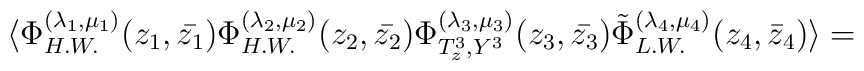
\langle \Phi_{H.W.}^{(\lambda_{1} , \mu_{1})}(z_{1} ,\bar{z_{1}})\Phi_{H.W.}^{(\lambda_{2} , \mu_{2})}(z_{2} ,\bar{z_{2}})\Phi_{T_{z}^{3} , Y^{3}}^{(\lambda_{3} , \mu_{3})}(z_{3} ,\bar{z_{3}})\tilde\Phi_{L.W.}^{(\lambda_{4} , \mu_{4})}(z_{4} , \bar{z}_{4})\rangle =